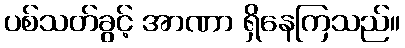
ပစ်သတ်ခွင့် အာဏာ ရှိနေကြသည်။